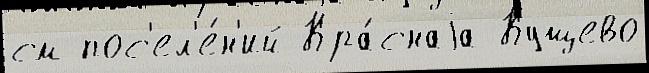
см пос'ел'е́н'ий Кра́снаjа Кущево